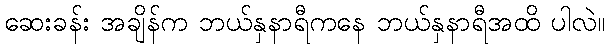
ဆေးခန်း အချိန်က ဘယ်နှနာရီကနေ ဘယ်နှနာရီအထိ ပါလဲ။